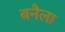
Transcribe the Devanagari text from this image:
बनैला